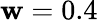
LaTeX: \mathbf{w}=0.4